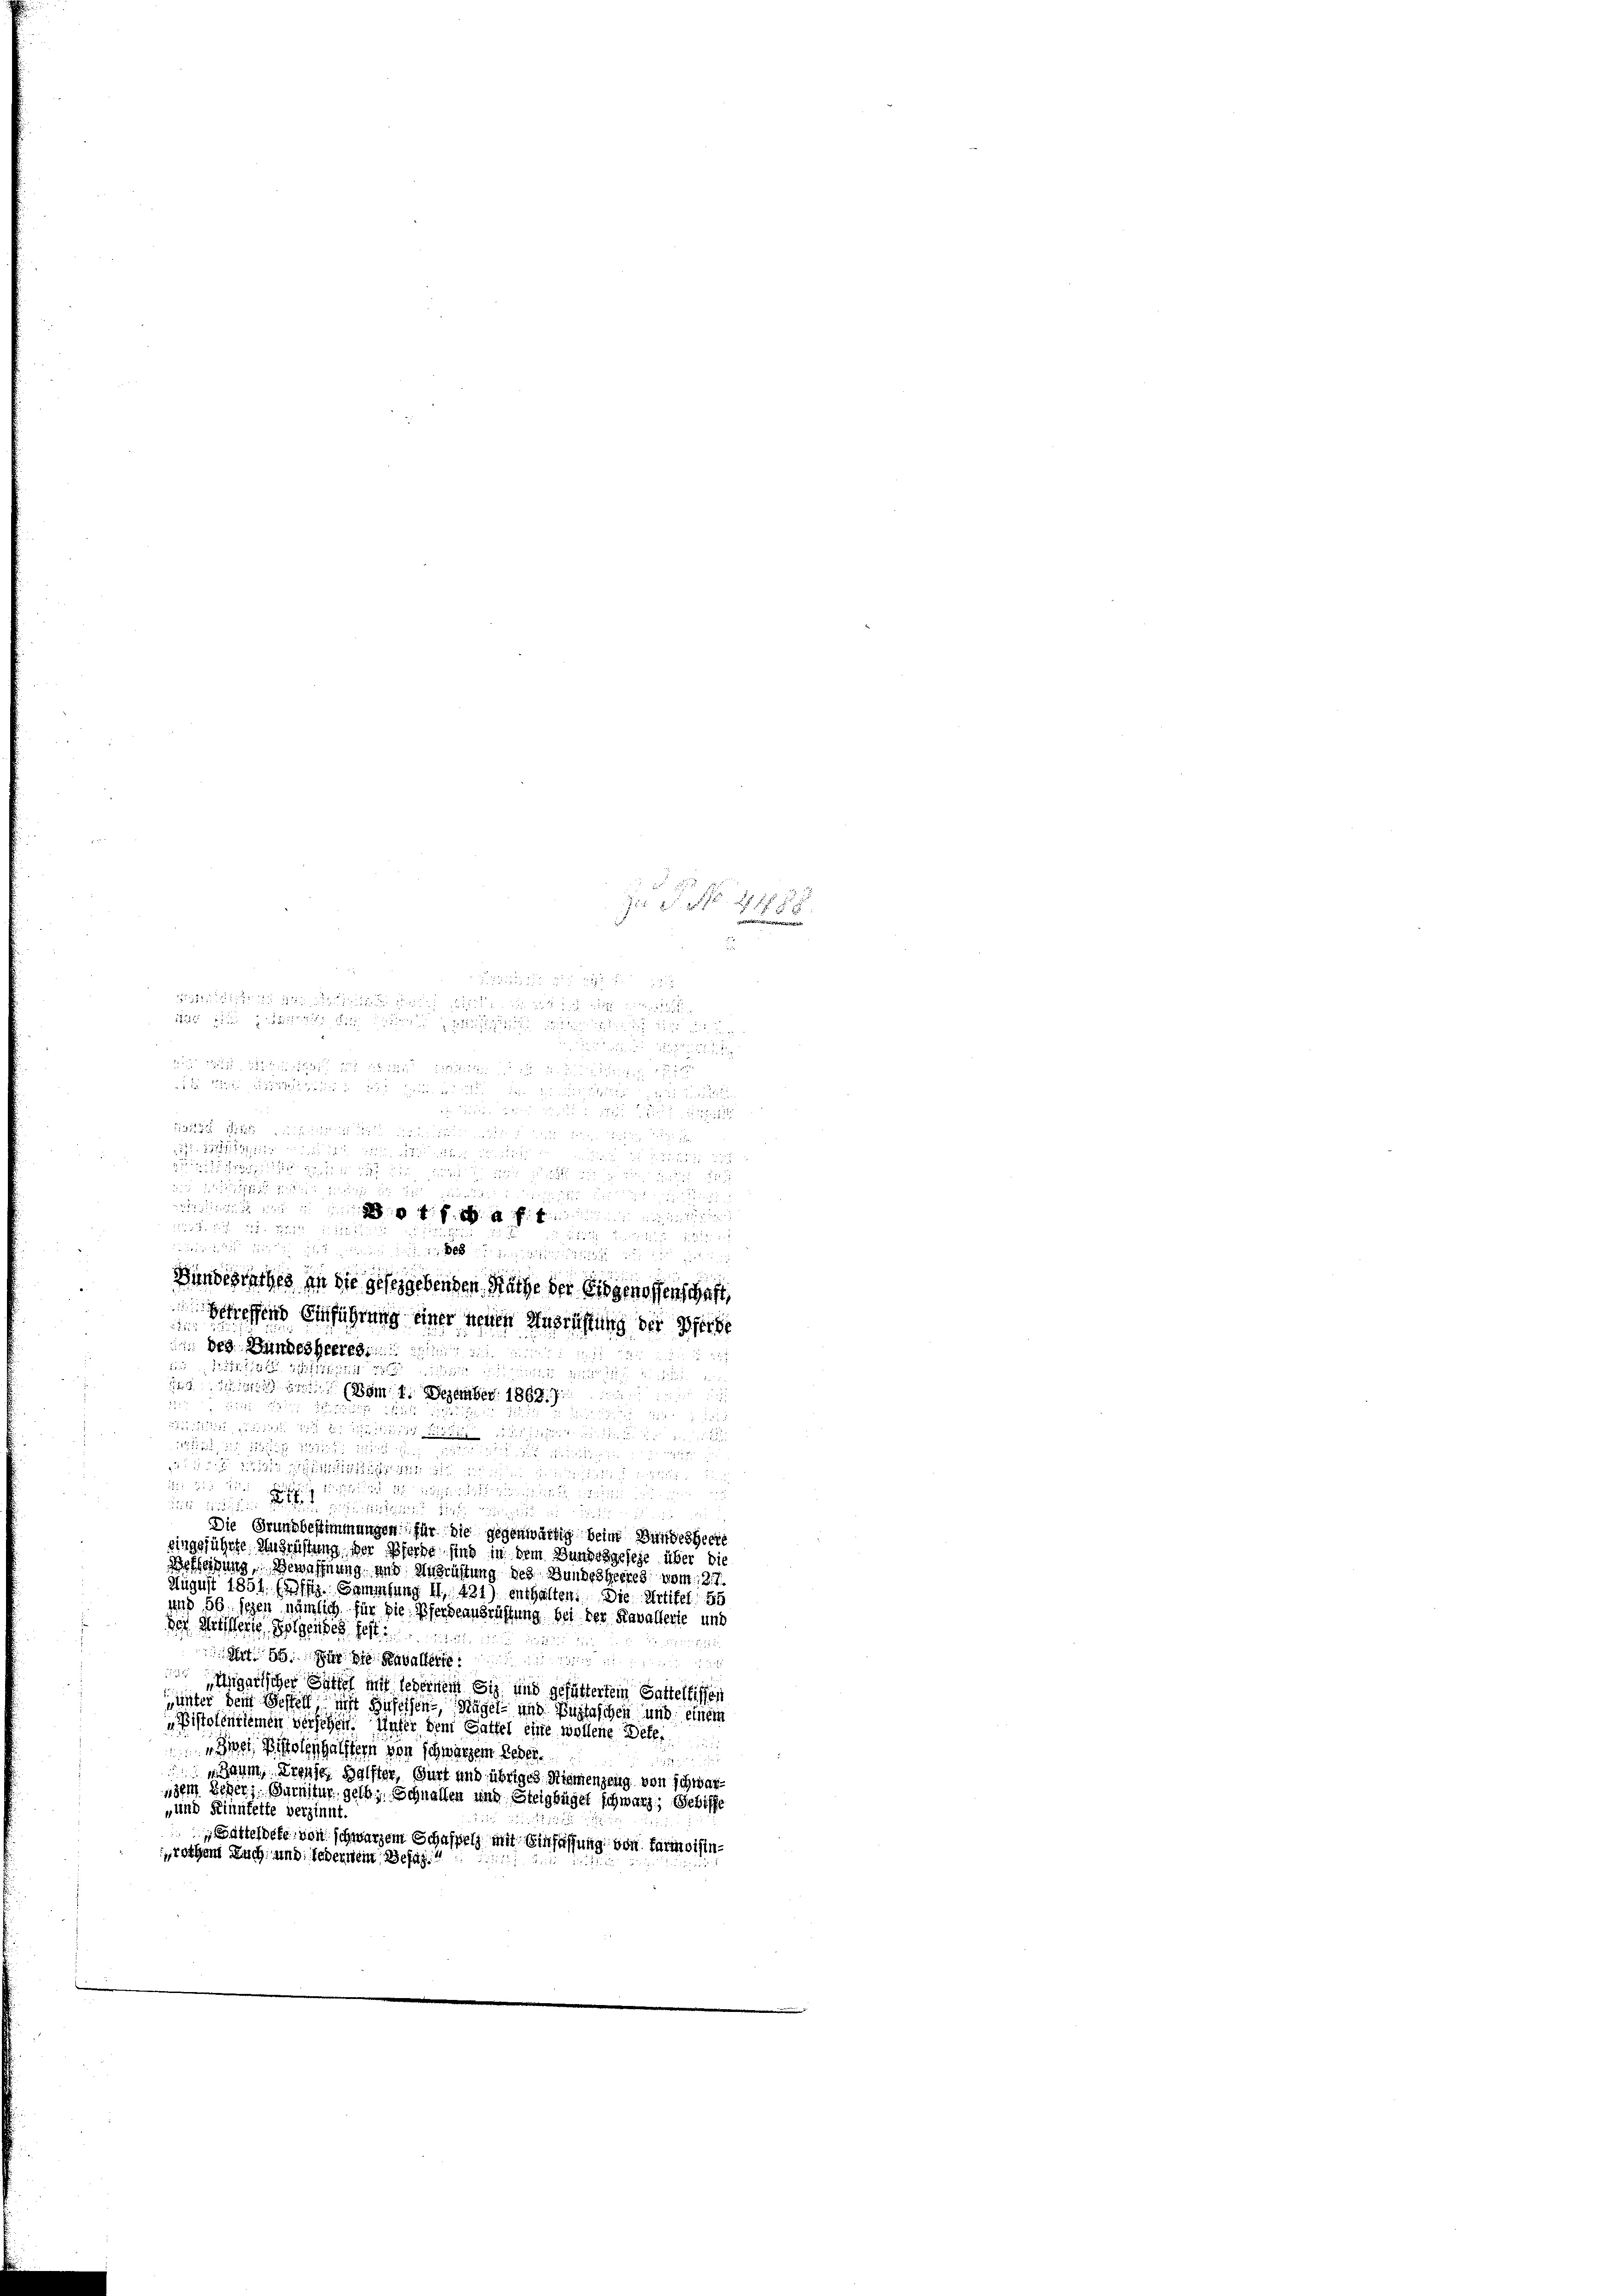
r
u

 5 Lou

        ten den

drig u.

 u 28. Juni 187
 252 des
euren, da diesen zu glieden, dass de 100 anzigenthalten ein ein sein
Bundesrathes an die geseggebenden Räthe der Eidgenossenschaft,
getreffend Einführung einer neuen Ausrüstung der Pferde
 des Bundesheeres
1
71. 1891
2
f

Bom 1. Dezember 186

1
9
iiiiiin Friden in d. Medicis wird. Sie sicht Winter
Wir, die Besitz 1881 n 121. J

31 11

212 f 2
dt e g nichte ich nichten wie die nu

Die Grundbestimmungen für die gegenwärtig beim Bundesheere
eingeführte Ausrüstung der Pferde, sind in dem Bundesgesehe über die
Besleitung, Bewaffnung und Ausrichtung des Bundesheeres vom 3. 7.
August 1851 (2ffig. Sammlung II 431) enthalten. Die Artikel 55
auß 56. Segen nämlich für die Pferdeausrüffung bei der Kavallerte und
der Meisterie, Folgendes fest
 Art. 95. a
Ungarischer Sittel mit ledernein Siz und gefüttertem Gatteltissen
unter dem Besselt mit Beholfen, Segel und Bastaschen und einem
Pistolentiemen versehen. Unter dem Gattel eine wollene Dete
Zwei Pistoleyhälftern von schwarzen Leder.
u
aum, Preuse. Hälfter, Gurt und übriges Riemenzeug von schwarnem Scher, Gurnitur gelb, Schnallen und Steigbügel schwarz, Gebiffe
„und Kinnfette verzinnt.
 Battesdeke von schwarzem Schaffel mit Einfassung von farmoisinrothen Nach und jedernein Befäh¬

iinen in ihnen ein meine einen